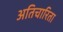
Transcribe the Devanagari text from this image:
अतिचारिता